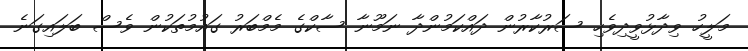
މަލީހު ވިދާޅުވީދިވެހި ސަރުކާރުން ދައްކަމުންދާ ނަމޫނާ ސާކްގެ މެމްބަރު ގައުމުތަކުން ވެސް ބަލައިގަނެ